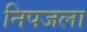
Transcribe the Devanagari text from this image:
निपजला